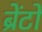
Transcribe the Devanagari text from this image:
ब्रेंटो